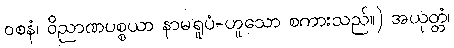
ဝစနံ၊ ဝိညာဏပစ္စယာ နာမရူပံ-ဟူသော စကားသည်။) အယုတ္တံ၊